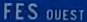
FES DUEST